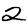
Digit: 2